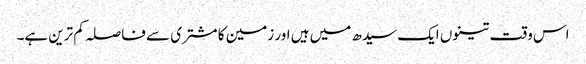
اس وقت تینوں ایک سیدھ میں ہیں اور زمین کا مشتری سے فاصلہ کم ترین ہے۔